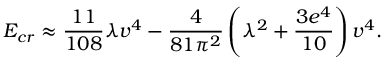
E _ { c r } \approx { \frac { 1 1 } { 1 0 8 } } \lambda v ^ { 4 } - { \frac { 4 } { 8 1 \pi ^ { 2 } } } \left( \lambda ^ { 2 } + { \frac { 3 e ^ { 4 } } { 1 0 } } \right) v ^ { 4 } .